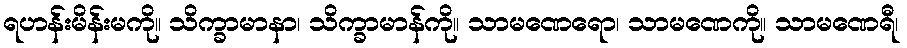
ရဟန်းမိန်းမကို။ သိက္ခာမာနာ၊ သိက္ခာမာန်ကို။ သာမဏေရော၊ သာမဏေကို။ သာမဏေရီ၊